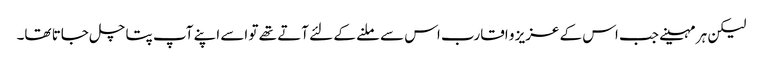
لیکن ہر مہینے جب اس کے عزیز و اقارب اس سے ملنے کے لئے آتے تھے تو اسے اپنے آپ پتا چل جاتا تھا۔